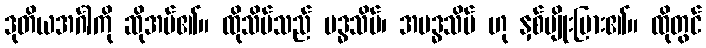
ဒုတိယအင်္ဂါကို ဆိုအပ်၏။ ထိုသိမ်သည် ဗဒ္ဓသိမ်၊ အဗဒ္ဓသိမ် ဟု နှစ်မျိုးပြား၏။ ထိုတွင်